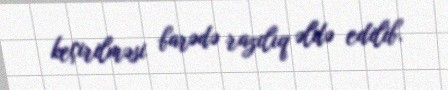
keçirilməsi barədə razılıq əldə edilib.